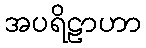
အပရိဠာဟာ